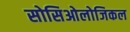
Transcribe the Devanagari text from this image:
सोसिओलोजिकल